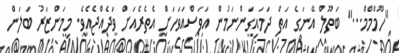
''ހޫމްމްމް...'' ބަތޫލް އޭނަގެ އަތް ދަމައިގަންނަމުން އަވަސްއަވަހަށް އެތެރެއަށް ވަދެއްޖެއެވެ. މިމަންޒަރު ބަލަން